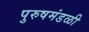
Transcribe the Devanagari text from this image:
पुरुषमंडळी